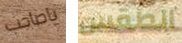
ياصاحب الطقس